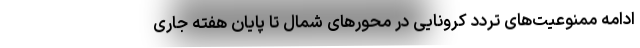
ادامه ممنوعیت‌های تردد کرونایی در محورهای شمال تا پایان هفته جاری